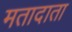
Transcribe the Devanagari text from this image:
मतादाता